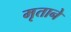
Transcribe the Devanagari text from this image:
मृताने